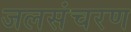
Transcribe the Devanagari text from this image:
जलसंचरण